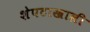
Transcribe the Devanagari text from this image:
शेपटाखाली